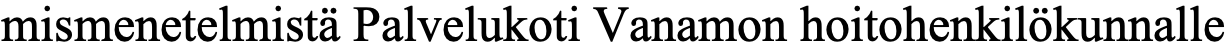
mismenetelmistä Palvelukoti Vanamon hoitohenkilökunnalle